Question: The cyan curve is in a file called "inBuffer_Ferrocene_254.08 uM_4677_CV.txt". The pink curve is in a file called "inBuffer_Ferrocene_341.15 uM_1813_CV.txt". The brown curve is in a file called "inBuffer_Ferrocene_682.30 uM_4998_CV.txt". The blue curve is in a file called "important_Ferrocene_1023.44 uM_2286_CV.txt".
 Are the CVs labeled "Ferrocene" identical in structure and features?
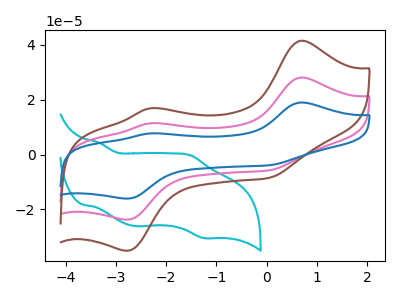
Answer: <think>The cyan curve "Ferrocene_254.08 uM" has anodic peaks at (-3.30V, 4.25uA) (-1.50V, -0.30uA) and cathodic peaks at (-2.60V, -26.10uA) (-1.25V, -30.40uA). The pink curve "Ferrocene_341.15 uM" has anodic peaks at (0.70V, 28.10uA) (-2.35V, 11.40uA) and cathodic peaks at (-2.75V, -23.70uA) (0.05V, -5.70uA). The brown curve "Ferrocene_682.30 uM" has anodic peaks at (0.70V, 41.50uA) (-2.35V, 16.85uA) and cathodic peaks at (-2.75V, -35.05uA) (0.05V, -8.45uA). The blue curve "Ferrocene_1023.44 uM" has anodic peaks at (0.70V, 56.15uA) (-2.35V, 22.80uA) and cathodic peaks at (-2.75V, -47.40uA) (0.05V, -11.45uA).
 "Ferrocene_254.08 uM" and "Ferrocene_341.15 uM" have at least one peak that do not match. "Ferrocene_254.08 uM" and "Ferrocene_682.30 uM" have at least one peak that do not match. "Ferrocene_254.08 uM" and "Ferrocene_1023.44 uM" have at least one peak that do not match. All the peaks in "Ferrocene_341.15 uM" have a peak in "Ferrocene_682.30 uM" at the same potential. Every peak in "Ferrocene_341.15 uM" is lower than every peak in "Ferrocene_682.30 uM". All the peaks in "Ferrocene_341.15 uM" have a peak in "Ferrocene_1023.44 uM" at the same potential. Every peak in "Ferrocene_341.15 uM" is lower than every peak in "Ferrocene_1023.44 uM". All the peaks in "Ferrocene_682.30 uM" have a peak in "Ferrocene_1023.44 uM" at the same potential. Every peak in "Ferrocene_682.30 uM" is lower than every peak in "Ferrocene_1023.44 uM".</think>
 <answer>All the CV's of "Ferrocene" have similar shape.</answer>
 <eval>follow_rule</eval>